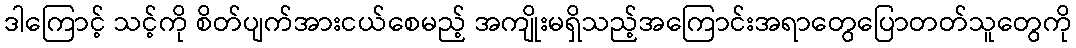
ဒါကြောင့် သင့်ကို စိတ်ပျက်အားငယ်စေမည့် အကျိုးမရှိသည့်အကြောင်းအရာတွေပြောတတ်သူတွေကို